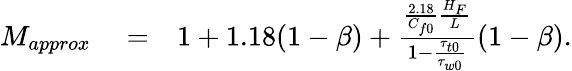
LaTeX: \begin{array}{rlr}{M_{approx}}&{{}=}&{1+1.18(1-\beta)+\frac{\frac{2.18}{C_{f0}}\frac{H_{F}}{L}}{1-\frac{\tau_{t0}}{\tau_{w0}}}(1-\beta).}\end{array}